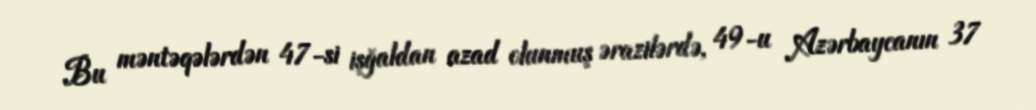
Bu məntəqələrdən 47-si işğaldan azad olunmuş ərazilərdə, 49-u Azərbaycanın 37